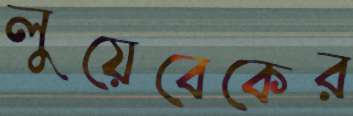
লুয়েবেকের